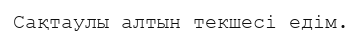
Сақтаулы алтын текшесі едім.